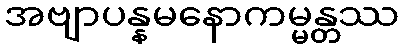
အဗျာပန္နမနောကမ္မန္တဿ